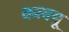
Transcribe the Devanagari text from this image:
कलमू